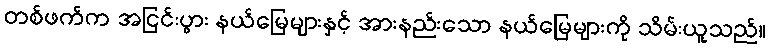
တစ်ဖက်က အငြင်းပွား နယ်မြေများနှင့် အားနည်းသော နယ်မြေများကို သိမ်းယူသည်။